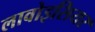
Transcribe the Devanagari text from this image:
लावोइसियर